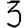
Digit: 3